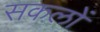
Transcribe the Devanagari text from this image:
सकलों